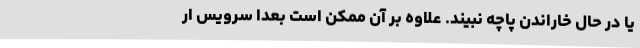
یا در حال خاراندن پاچه نبیند. علاوه‌ بر آن ممکن است بعدا سرویس ار